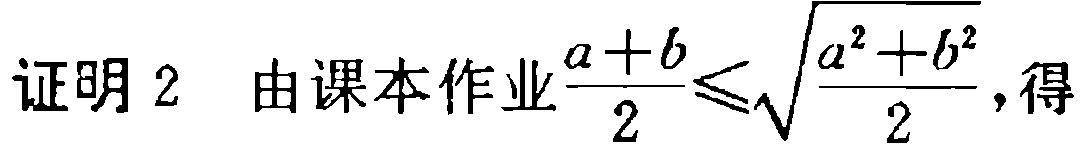
证明 2  由课本作业$\frac{a + b}{2} \leq \sqrt{\frac{a^{2}+b^{2}}{2}}$, 得